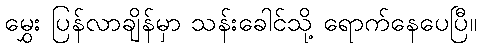
မွှေး ပြန်လာချိန်မှာ သန်းခေါင်သို့ ရောက်နေပေပြီ။